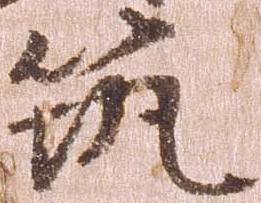
筑